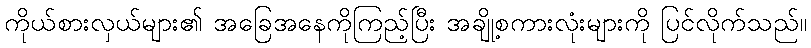
ကိုယ်စားလှယ်များ၏ အခြေအနေကိုကြည့်ပြီး အချို့စကားလုံးများကို ပြင်လိုက်သည်။